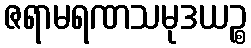
ဇရာမရဏသမုဒယဉ္စ